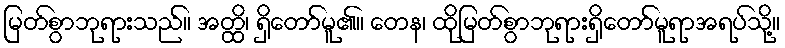
မြတ်စွာဘုရားသည်။ အတ္ထိ၊ ရှိတော်မူ၏။ တေန၊ ထိုမြတ်စွာဘုရားရှိတော်မူရာအရပ်သို့။